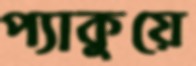
প্যাকুয়ে